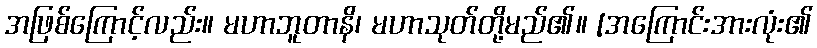
အဖြစ်ကြောင့်လည်း။ မဟာဘူတာနိ၊ မဟာသုတ်တို့မည်၏။ [အကြောင်းအားလုံး၏